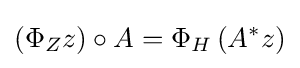
\left(\Phi _{Z}z\right)\circ A=\Phi _{H}\left(A^{*}z\right)